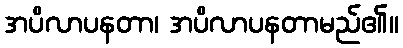
အပိလာပနတာ၊ အပိလာပနတာမည်၏။